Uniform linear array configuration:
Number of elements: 48
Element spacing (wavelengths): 0.75
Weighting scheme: hann
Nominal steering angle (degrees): -15
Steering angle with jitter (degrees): -15.806
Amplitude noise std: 0.05
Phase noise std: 0.05

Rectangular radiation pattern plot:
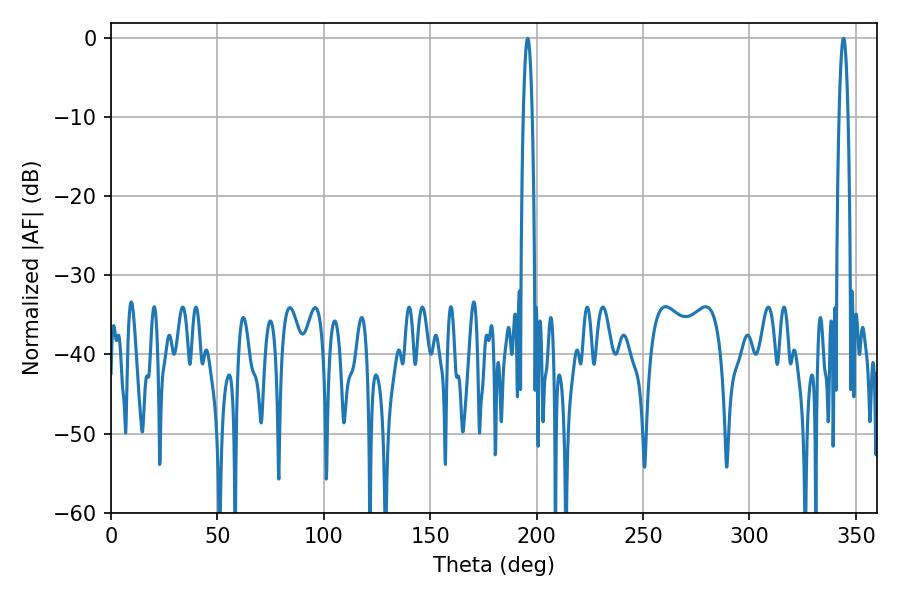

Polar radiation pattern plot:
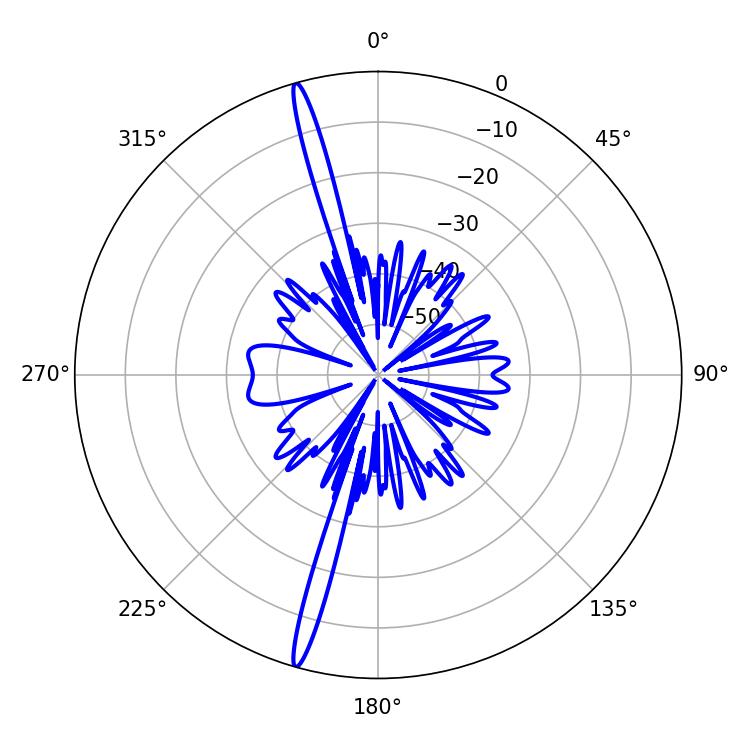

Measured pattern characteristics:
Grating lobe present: TRUE
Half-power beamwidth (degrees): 2.34
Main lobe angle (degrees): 195.84